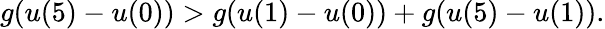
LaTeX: g(u(5)-u(0))>g(u(1)-u(0))+g(u(5)-u(1)).